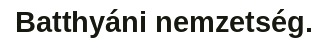
Batthyáni nemzetség.